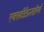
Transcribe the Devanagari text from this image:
एक्सटेंडेंडन्सईप्ले